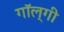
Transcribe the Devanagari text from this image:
गॉल्गी